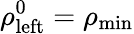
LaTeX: \rho_{\mathrm{left}}^{0}=\rho_{\mathrm{min}}